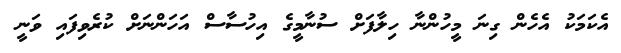
އެކަމަކު އެހެން ގިނަ މީހުންނާ ހިލާފަށް ސުނާމީގެ އިހުސާސް އަހަންނަށް ކުރެވިފައި ވަނީ